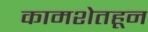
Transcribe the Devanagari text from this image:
कामशेतहून